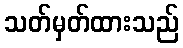
သတ်မှတ်ထားသည်